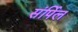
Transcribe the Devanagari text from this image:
संर्पिल